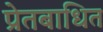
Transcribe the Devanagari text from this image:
प्रेतबाधित